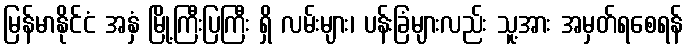
မြန်မာနိုင်ငံ အနှံ မြို့ကြီးပြကြီး ရှိ လမ်းများ၊ ပန်းခြံများလည်း သူ့အား အမှတ်ရစေရန်